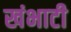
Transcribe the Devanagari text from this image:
खंभाटी